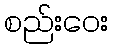
စည်းဝေး